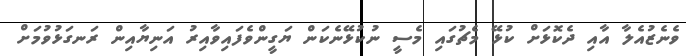
ވެނެޒުއެލާ އާއި ދެކޮޅަށް ކުޅޭ މެޗުގައި މެސީ ނުކުޅޭނެކަން ޔަގީންވެފައިވާއިރު އަނިޔާއިން ރަނގަޅުވުމަށް